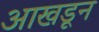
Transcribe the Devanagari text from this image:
आखडून